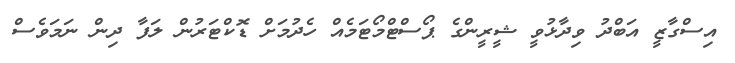
އިސްގާޒީ އަބްދު ވިދާޅުވީ ޝީރީންގެ ޕޯސްޓްމޯޓަމެއް ހެދުމަށް ޑޮކްޓަރުން ލަފާ ދިން ނަމަވެސް